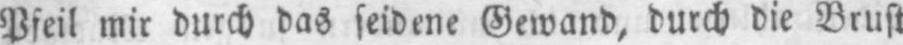
Pfeil mir durch das seidene Gewand, durch die Brust